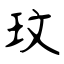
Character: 玟